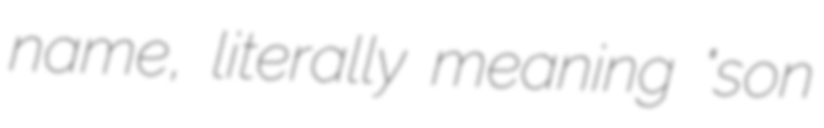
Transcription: name, literally meaning "son